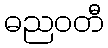
ဓညဝတီ